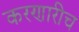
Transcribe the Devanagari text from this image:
करणारीच